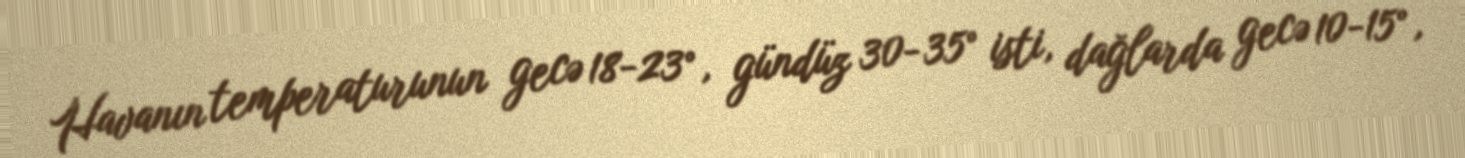
Havanın temperaturunun gecə 18-23°, gündüz 30-35° isti, dağlarda gecə 10-15°,